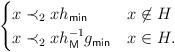
LaTeX: \begin{gather*}\begin{cases}x \prec_{2} x h_{\sf min} & x \not \in H \\x \prec_{2} xh_{\sf M}^{-1}g_{\sf min} & x \in H.\end{cases}\end{gather*}